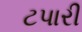
ટપારી